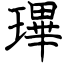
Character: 㻫